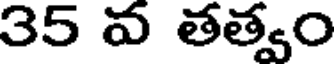
35 వ తత్వం